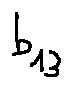
b _ { 1 3 }